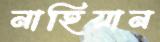
নাহিয়ান